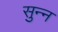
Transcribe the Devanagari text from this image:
सुन्‍न